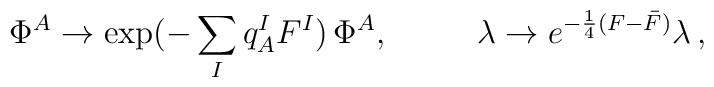
\Phi^A\to\exp (-\sum_Iq^I_AF^I)\,\Phi^A ,~~~~~~~~\lambda\rightarrow e^{-\frac{1}{4}(F-\bar{F})}\lambda \, ,